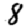
Digit: 8